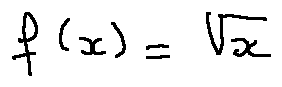
f ( x ) = \sqrt { x }